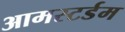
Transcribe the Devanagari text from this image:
आमस्टर्डम